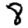
Digit: 8